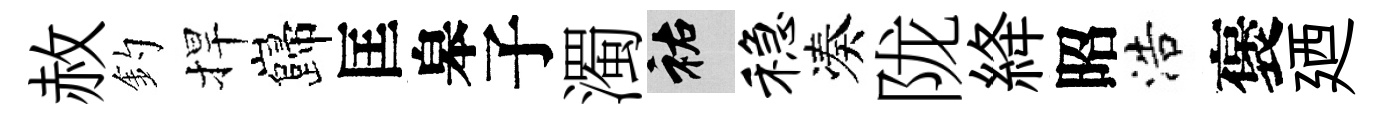
赦釣捍巋匡皋子濁祐稳凑陇絳昭浩褒廼